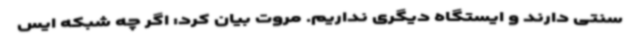
سنتی دارند و ایستگاه دیگری نداریم. مروت بیان کرد: اگر چه شبکه ایس